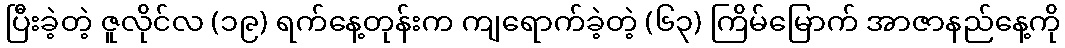
ပြီးခဲ့တဲ့ ဇူလိုင်လ (၁၉) ရက်နေ့တုန်းက ကျရောက်ခဲ့တဲ့ (၆၃) ကြိမ်မြောက် အာဇာနည်နေ့ကို